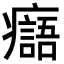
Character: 𤻭